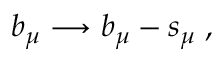
b _ { \mu } \longrightarrow b _ { \mu } - s _ { \mu } \; ,